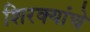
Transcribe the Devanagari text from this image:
शिरक्यांचे